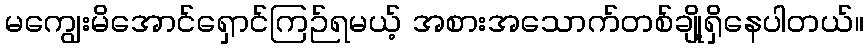
မကျွေးမိအောင်ရှောင်ကြဉ်ရမယ့် အစားအသောက်တစ်ချို့ရှိနေပါတယ်။